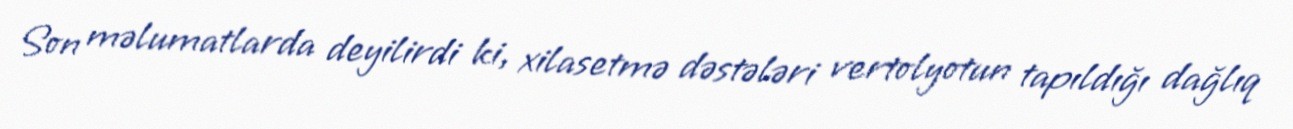
Son məlumatlarda deyilirdi ki, xilasetmə dəstələri vertolyotun tapıldığı dağlıq